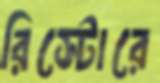
রিস্টোরে